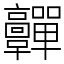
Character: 䯬